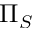
\Pi _ { S }